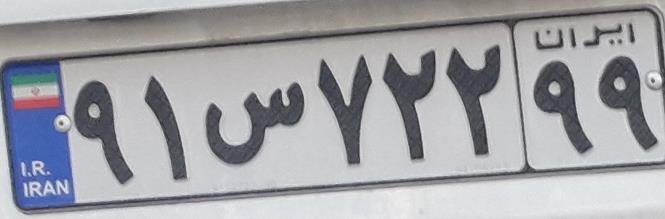
۹۱س۷۲۲۹۹